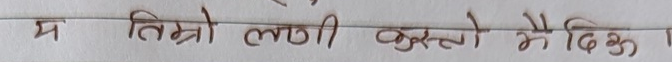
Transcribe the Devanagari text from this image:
म तिम्रो लौ कस्तो मैले।